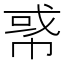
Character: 𢃤